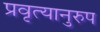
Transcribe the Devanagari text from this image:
प्रवृत्यानुरुप